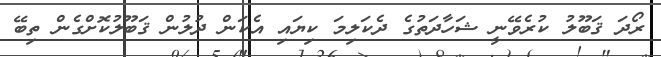
ރޯދަ ޤަބޫލު ކުރެވޭނީ ޝަހާދަތުގެ ދެކަލިމަ ކިޔައި އެކަން ދުލުން ޤަބޫލުކޮށްގެން ތިބޭ